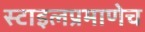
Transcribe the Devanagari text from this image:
स्टाइलप्रमाणेच